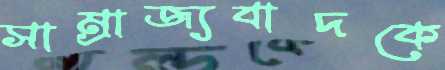
সাম্রাজ্যবাদকে